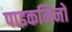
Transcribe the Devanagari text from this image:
पाइकमिनो